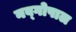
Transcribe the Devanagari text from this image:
नव्गोपाल